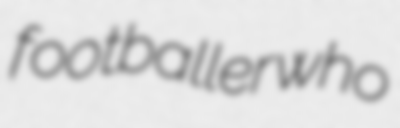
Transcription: footballer who